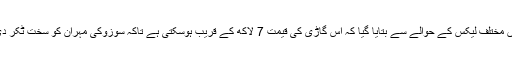
رپورٹ میں مختلف لیکس کے حوالے سے بتایا گیا کہ اس گاڑی کی قیمت 7 لاکھ کے قریب ہوسکتی ہے تاکہ سوزوکی مہران کو سخت ٹکر دی جاسکے۔